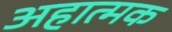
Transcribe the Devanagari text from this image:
अहात्मक